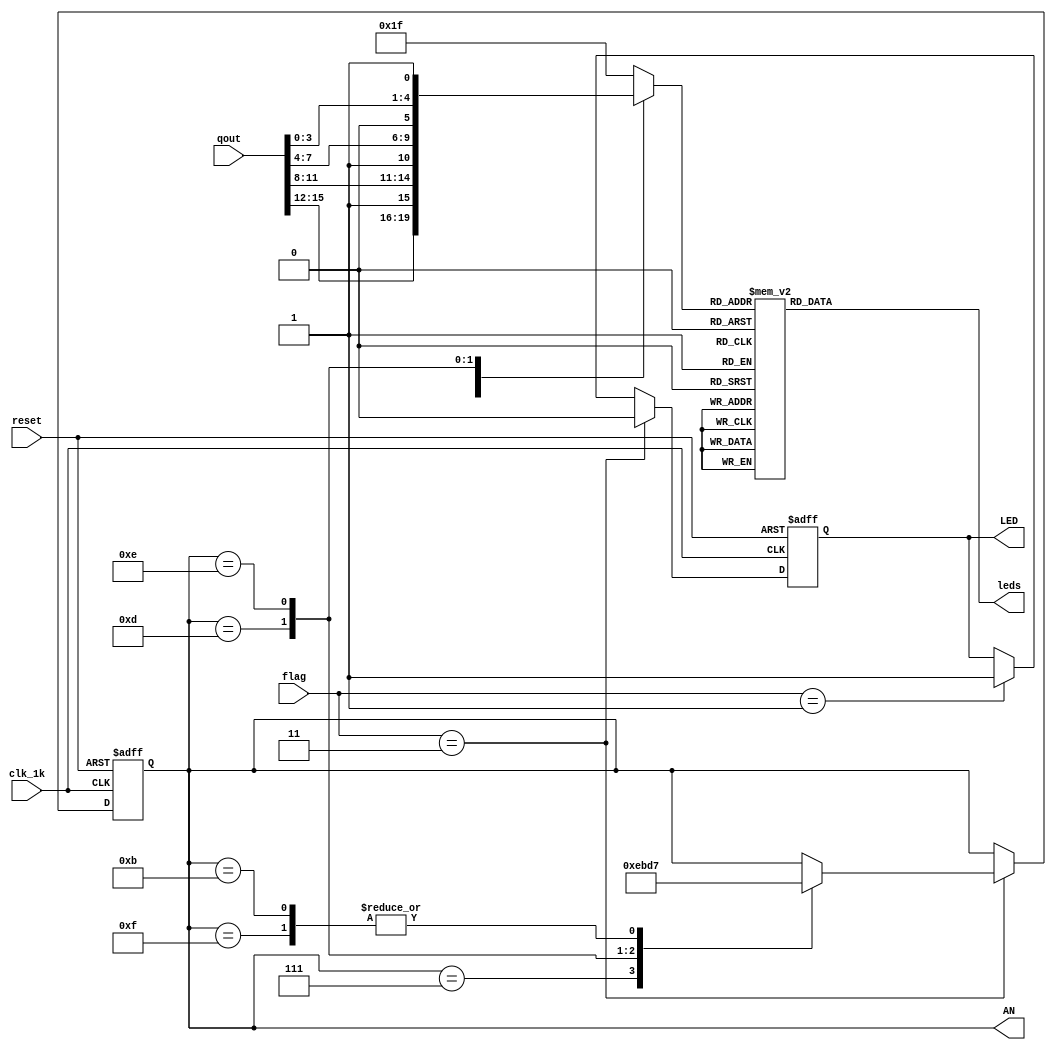
module LEDs(clk_1k,qout,LED,AN,leds,reset,flag);
  input clk_1k,reset;
  input [15:0] qout;
  input [1:0] flag;
  output [3:0] AN;
  output reg LED=0;
  reg [3:0]AN=4'b1111;
  output [7:0] leds;
  reg [7:0] leds=0;
  reg [4:0] ledi=0;

always @(posedge clk_1k or posedge reset)
 begin
  if(reset) begin AN<=4'b1111; LED<=0;end
  else
  begin 
  if(flag==1) LED<=1;
  if(flag==3)
    begin
    LED<=0;
    case(AN)   
        4'b0111:AN<=4'b1110;
        4'b1011:AN<=4'b0111;
        4'b1101:AN<=4'b1011;
        4'b1110:AN<=4'b1101;
        4'b1111:AN<=4'b0111;
    endcase
  
    end
  end
 end
always @(*)begin
    case(AN)   
        4'b0111:ledi<={qout[15:12],1'b1};
        4'b1011:ledi<={qout[11:8],1'b1};
        4'b1101:ledi<={qout[7:4],1'b0};
        4'b1110:ledi<={qout[3:0],1'b1};
        default:ledi<=5'b11111;
    endcase
    case(ledi)   
          5'd0: leds[7:0]<=8'b01000000;
          5'd1: leds[7:0]<=8'b11000000;
          5'd2: leds[7:0]<=8'b01111001;
          5'd3: leds[7:0]<=8'b11111001;
          5'd4: leds[7:0]<=8'b00100100;
          5'd5: leds[7:0]<=8'b10100100;
          5'd6: leds[7:0]<=8'b00110000;
          5'd7: leds[7:0]<=8'b10110000;
          5'd8: leds[7:0]<=8'b00011001;
          5'd9: leds[7:0]<=8'b10011001;
          5'd10:leds[7:0]<=8'b00010010;
          5'd11:leds[7:0]<=8'b10010010;
          5'd12:leds[7:0]<=8'b00000010;
          5'd13:leds[7:0]<=8'b10000010;
          5'd14:leds[7:0]<=8'b01111000;
          5'd15:leds[7:0]<=8'b11111000; 
          5'd16:leds[7:0]<=8'b00000000;
          5'd17:leds[7:0]<=8'b10000000;
          5'd18:leds[7:0]<=8'b00010000;
          5'd19:leds[7:0]<=8'b10010000;
          default:leds[7:0]<=8'b11111111;
    endcase
    
   end
endmodule